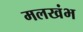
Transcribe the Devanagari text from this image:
मलखंभ